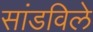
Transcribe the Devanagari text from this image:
सांडविले